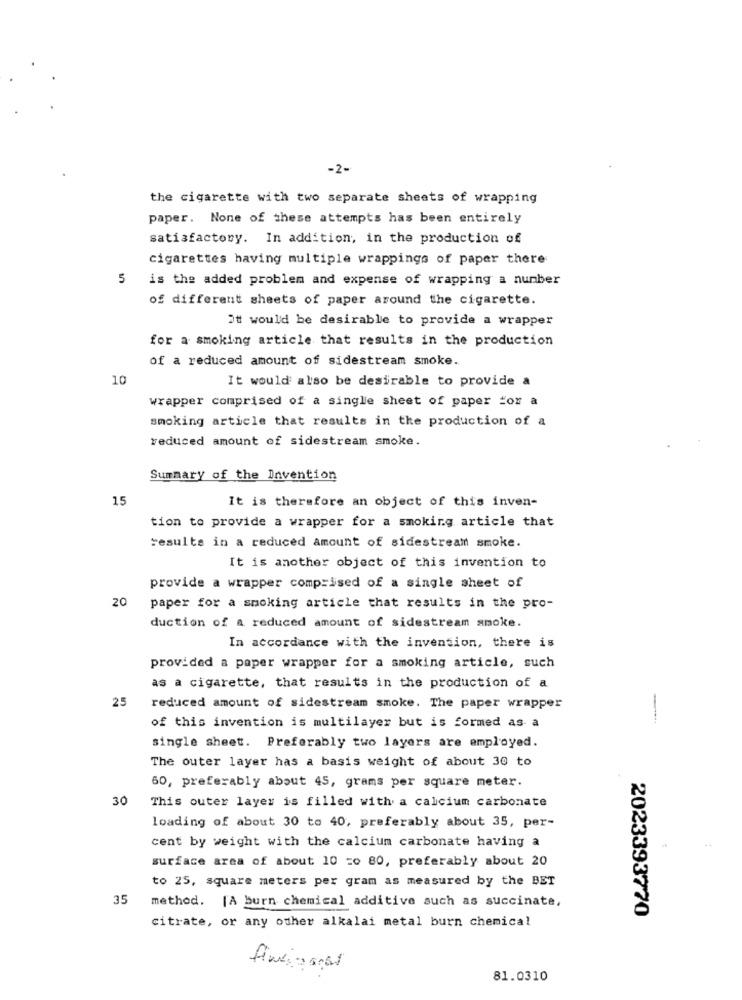
-2-
the cigarette with two separate sheets of wrapping
paper. None of these attempts has been entirely
satisfactory. In addition, in the production of
cigarettes having multiple wrappings of paper there
is the added problem and expense of wrapping a number
of different sheets of paper around the cigarette.
it would be desirable to provide a wrapper
for a smoking article that results in the production
of a reduced amount of sidestream smoke.
10
It would also be desirable to provide a
wrapper comprised of a single sheet of paper for a
smoking article that results in the production of a
reduced amount of sidestream smoke.
Summary of the Invention
15
It is therefore an object of this inven-
tion to provide a wrapper for a smoking article that
results in a reduced amount of sidestream smoke.
It is another object of this invention to
provide a wrapper comprised of a single sheet of
20
paper for a smoking article that results in the pro-
duction of a reduced amount of sidestream smoke.
In accordance with the invention, there is
provided a paper wrapper for a smoking article, such
as a cigarette, that results in the production of a
25
reduced amount of sidestream smoke. The paper wrapper
---
of this invention is multilayer but is formed as a
single sheet. Preferably two layers are employed.
The outer layer has a basis weight of about 30 to
60, preferably about 45, grams per square meter.
30
This outer layer is filled with a calcium carbonate
loading of about 30 to 40, preferably about 35, per-
cent by weight with the calcium carbonate having a
surface area of about 10 =0 80, preferably about 20
to 25, square meters per gram as measured by the BET
35
method. [A burn chemical additive such as succinate,
2023393770
citrate, or any other alkalai metal burn chemical
81.0310